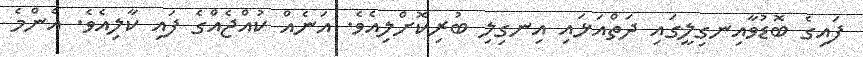
ފައިގެ ބޮޑުވާއިނގިލީގައި ދަތްއަޅައި އިނގިލި ބުރިކޮށްލިއެވެ. އަނެއް ކުއްޖެއްގެ ފައި ކާލިއެވެ. އެންމެ